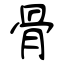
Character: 骨